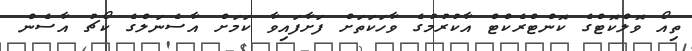
ތިއޯ ވޮލްކޮޓްގެ ކޮންޓްރެކްޓް އާކުރުމުގެ ވާހަކަތަށް ފަށާފައިވާ ކަމަށް އާސެނަލްގެ ކޯޗު އާސެން